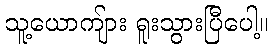
သူ့ယောကျ်ား ရူးသွားပြီပေါ့။